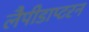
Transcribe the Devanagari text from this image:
लैपीडाप्टरन